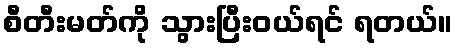
စီတီးမတ်ကို သွားပြီးဝယ်ရင် ရတယ်။